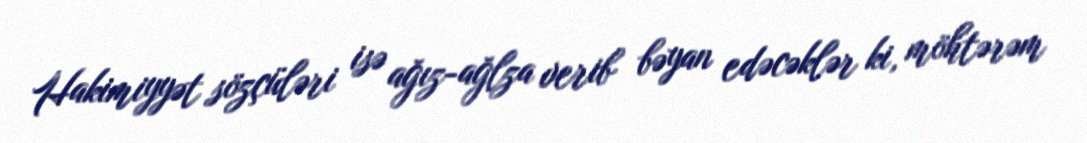
Hakimiyyət sözçüləri isə ağız-ağlza verib bəyan edəcəklər ki, möhtərəm